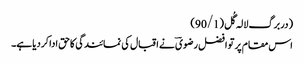
(دربرگ لالہ گُل(90/1)
اس مقام پر تو افضل رضویؔ نے اقبال کی نمائندگی کاحق اداکردیاہے۔